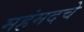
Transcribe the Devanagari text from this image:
महंमदचे